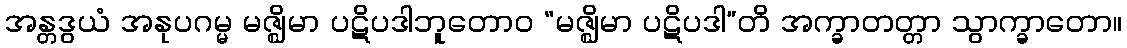
အန္တဒွယံ အနုပဂမ္မ မဇ္ဈိမာ ပဋိပဒါဘူတောဝ “မဇ္ဈိမာ ပဋိပဒါ”တိ အက္ခာတတ္တာ သွာက္ခာတော။